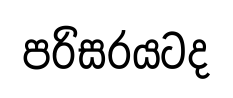
පරිසරයටද